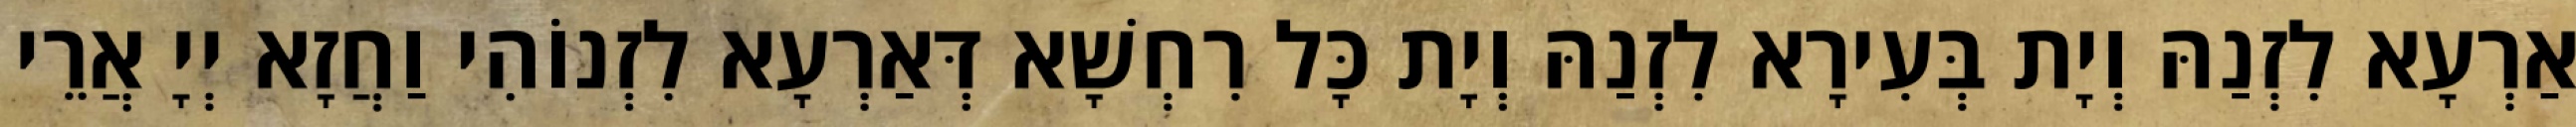
אַרְעָא לִזְנַהּ וְיָת בְּעִירָא לִזְנַהּ וְיָת כָּל רִחְשָׁא דְּאַרְעָא לִזְנוֹהִי וַחֲזָא יְיָ אֲרֵי